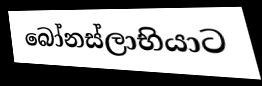
බෝනස්ලාභියාට